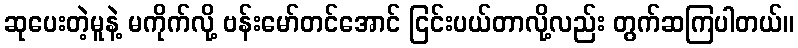
ဆုပေးတဲ့မူနဲ့ မကိုက်လို့ ဗန်းမော်တင်အောင် ငြင်းပယ်တာလို့လည်း တွက်ဆကြပါတယ်။